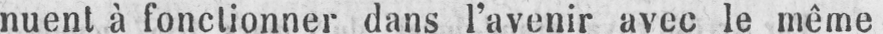
nuent à fonctionner dans l’avenir avec le même